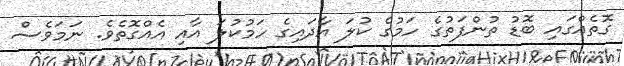
ގޮތެއްގައި ބޮޑު ތުންފަތުގެ ހަމުގެ ކުލަ އާދައިގެ ހަމުކުލަ އާއި އެއްގޮތެވެ. ނަމަވެސް